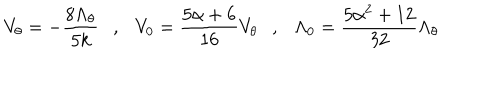
V _ { \theta } = - { \frac { 8 \Lambda _ { \theta } } { 5 k } } , V _ { 0 } = { \frac { 5 \alpha + 6 } { 1 6 } } V _ { \theta } , \Lambda _ { 0 } = { \frac { 5 \alpha ^ { 2 } + 1 2 } { 3 2 } } \Lambda _ { \theta }